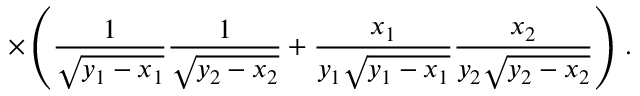
\times \left( \frac { 1 } { \sqrt { y _ { 1 } - x _ { 1 } } } \frac { 1 } { \sqrt { y _ { 2 } - x _ { 2 } } } + \frac { x _ { 1 } } { y _ { 1 } \sqrt { y _ { 1 } - x _ { 1 } } } \frac { x _ { 2 } } { y _ { 2 } \sqrt { y _ { 2 } - x _ { 2 } } } \right) \, .